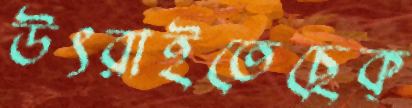
উৎরাইতেছেক্